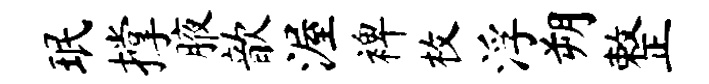
珉撑腋歆渥裨枚浮朔整